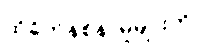
ထိခိုက်နစ်နာမှုများကို